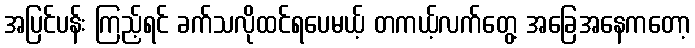
အပြင်ပန်း ကြည့်ရင် ခက်သလိုထင်ရပေမယ့် တကယ့်လက်တွေ့ အခြေအနေကတော့